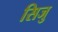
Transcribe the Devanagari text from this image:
सिजु